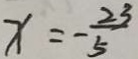
x = - \frac { 2 3 } { 5 }